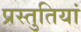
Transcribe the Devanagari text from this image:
प्रस्‍तुतियां